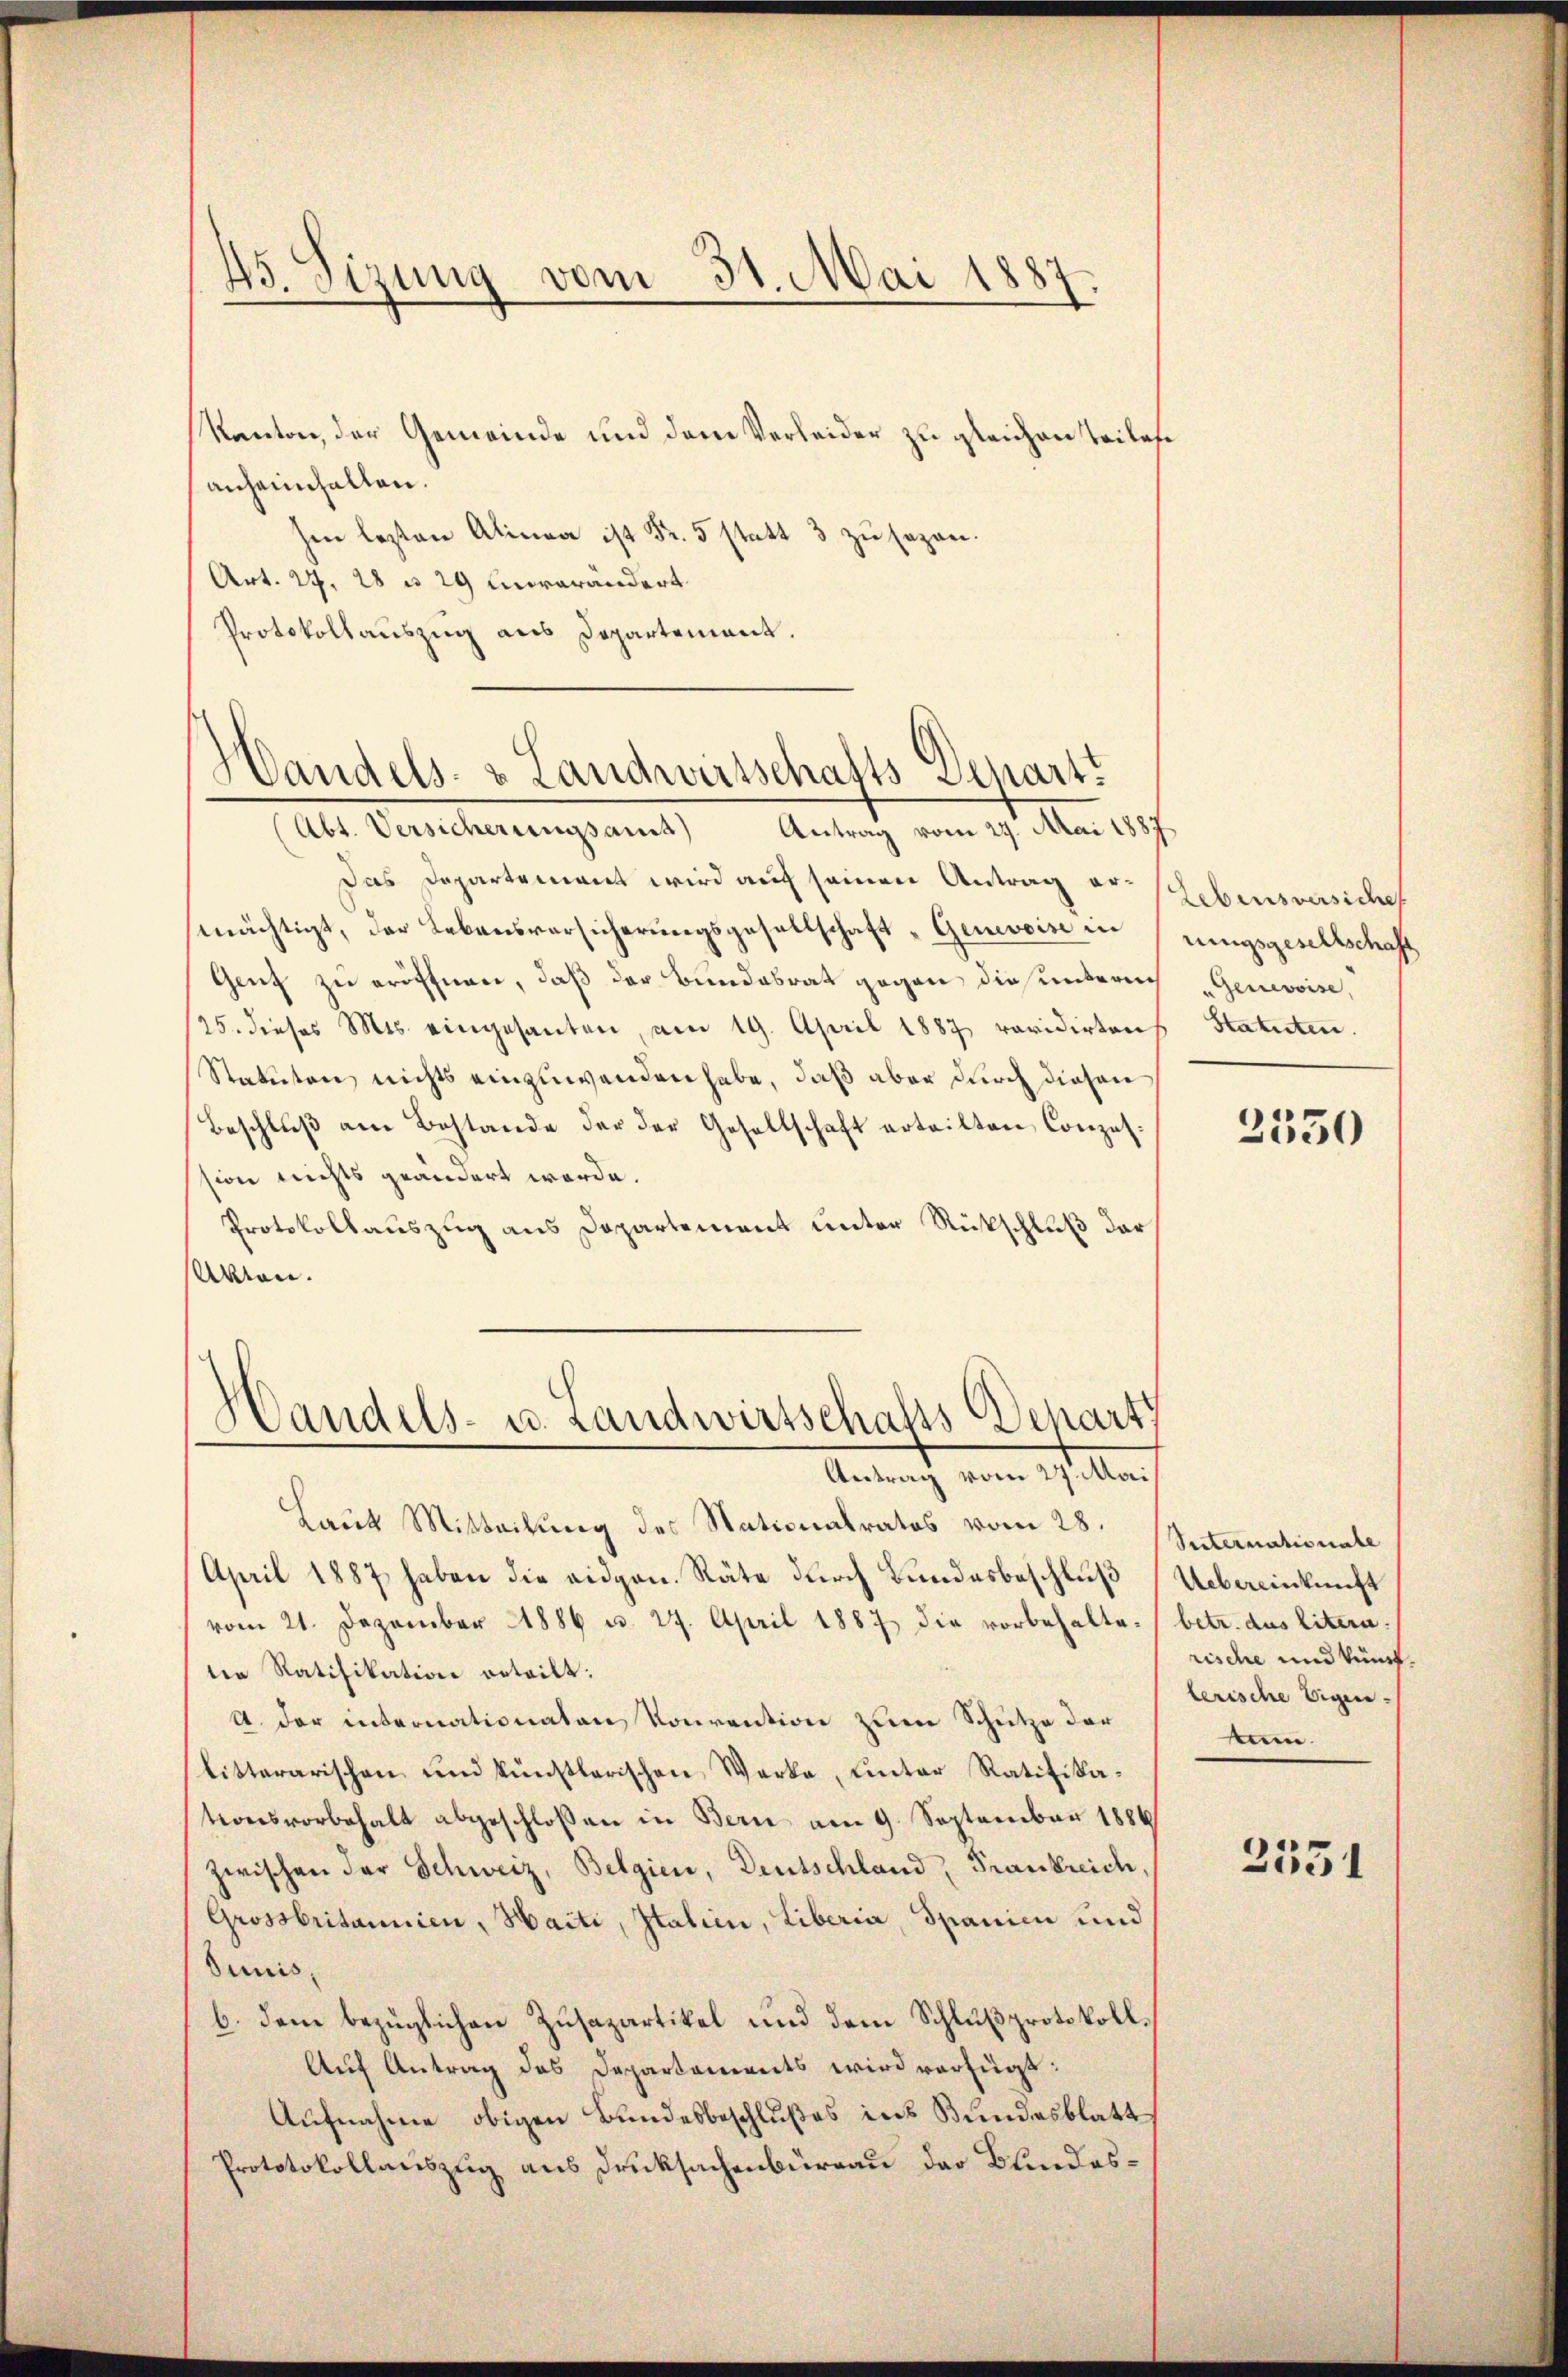
45. Sizung vom 31. Mai 1887.

Kanton, der Gemeinde und dem Verleider zu gleichen Teilese
anheimhalten.
hen lezten Alina ist Fr. 5 statt 3 zŭ sezen.
Art. 27. 28 n 29 Unverändert.
Protokollauszug aus Departement.

Handels- & Landwirtschafts Denartt
(Abt. Versicherungsamt Antrag vom 29. Mai 1887

Das Departement wird auf seinen Antrag er ebensversiche
mächtigt, der Lebensversicherungsgesellschaft "Genevois in
Genf zu eröffnen, daß der Bundesrat gegen, dies unterni
/25. dieses Mts. eingesanten, am 19. April 1887 revidirten
Statuten nichts einzuwenden habe, daß aber durch diesen
Beschlŭβ am Bestande der der Gesellschaft erteilten Conzes.
sion nichts geändert werde.
Protokollauszug aus Departement unter Rückschluß der
Union.

Handels- u. Landwirtschalss Depart
Antrag vom 27. Mai

Laut Mitteilung des Nationalrates vom 28.
April 1887 haben die eidgen. Räte durch Bundesbeschluß
vom 21. Dezember 1886 u. 24. April 1887 die vorbehaltetie Ratifikation erteilt:
A. der internationaten Konvention zum Schütze der
litterarischen und künstlerischen Werke, unter Ratifikationsvorbehalt abgeschlossen in Bern am 9. September 1886
zwischen der Schweiz, Belgien, Deutschland, Frankreich,
Grossbritannien, Haiti, Italien, Liberia, Spanien und
Sunis,
b. dem bezüglichen Zusapartikel und dem Schlußprotokoll¬
Auf Antrag des Departements wird verfügt:
Aufnahme obigen Bundesbeschlußes ins Bundesblatt
Prototokollauszug aus Drucksachenbüreau der Blindes¬

rungsgesellschaft
"Genevoise,
Statuten.

2550

Seiternationale
Uebereinkunft
betr. das litern.
rische und künflerische Eigentum.

2531